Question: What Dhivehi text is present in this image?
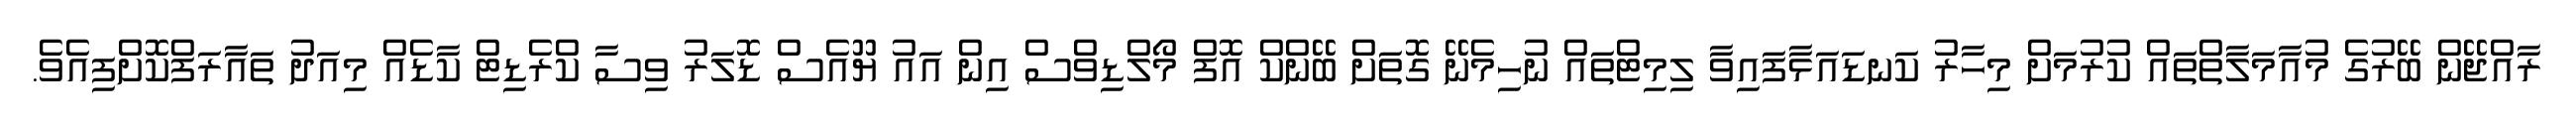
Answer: ރާއްޖޭން ބޭރުގެ މުއާމަލާތްތައް ކުރުމަށް މިހާރު ކަނޑައަޅާފައިވާ ލިމިޓްތައް ނުހިމެނޭ ގޮތަށް ބޭންކް އޮފް މޯލްޑިވްސް އިން އައު ޔޫއެސް ޑޮލަރު ވިސާ ކްރެޑިޓް ކާޑެއް މިއަދު ތައާރަފްކޮށްފިއެވެ.